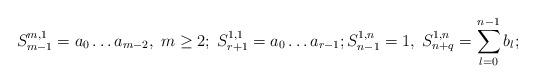
LaTeX: \begin{align*} S_{m-1}^{m,1}=a_0\dots a_{m-2},\; m\ge 2;\;S_{r+1}^{1,1}=a_0\dots a_{r-1};S_{n-1}^{1,n}=1,\;S_{n+q}^{1,n}=\sum_{l=0}^{n-1} b_l;\end{align*}